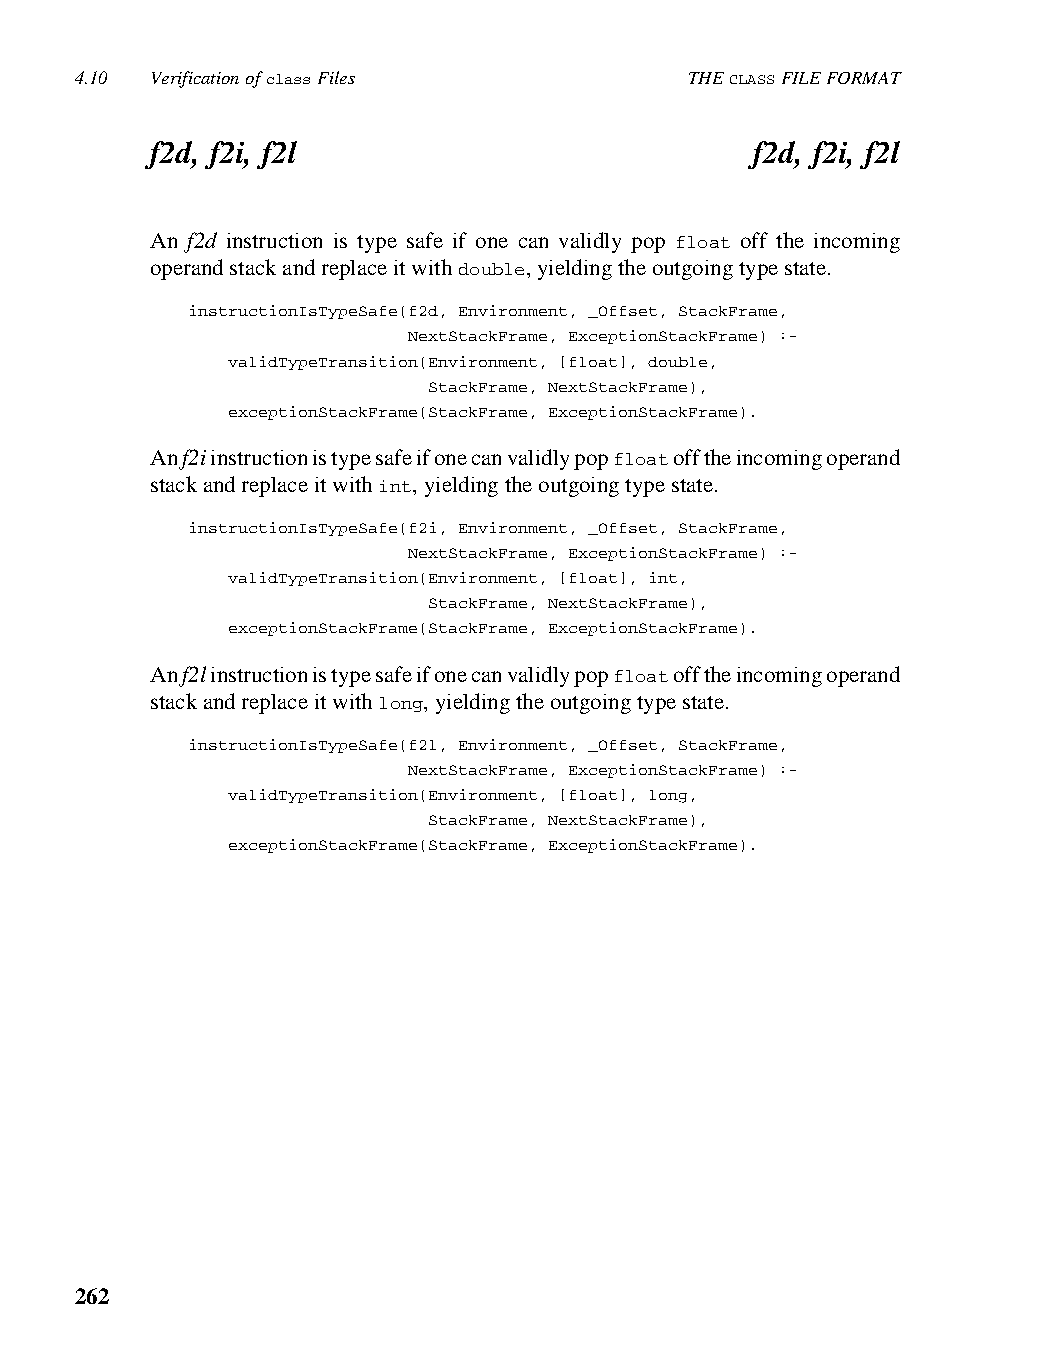
4.10 Verification of class Files         THE CLASS FILE FORMAT
 f2d, f2i, f2l                           f2d, f2i, f2l
 An f2d instruction is type safe if one can validly pop float off the incoming
 operand stack and replace it with double, yielding the outgoing type state.
 instructionIsTypeSafe(f2d, Environment, _Offset, StackFrame,
 NextStackFrame, ExceptionStackFrame) :-
 validTypeTransition(Environment, [float], double,
 StackFrame, NextStackFrame),
 exceptionStackFrame(StackFrame, ExceptionStackFrame).
 An f2i instruction is type safe if one can validly pop float off the incoming operand
 stack and replace it with int, yielding the outgoing type state.
 instructionIsTypeSafe(f2i, Environment, _Offset, StackFrame,
 NextStackFrame, ExceptionStackFrame) :-
 validTypeTransition(Environment, [float], int,
 StackFrame, NextStackFrame),
 exceptionStackFrame(StackFrame, ExceptionStackFrame).
 An f2l instruction is type safe if one can validly pop float off the incoming operand
 stack and replace it with long, yielding the outgoing type state.
 instructionIsTypeSafe(f2l, Environment, _Offset, StackFrame,
 NextStackFrame, ExceptionStackFrame) :-
 validTypeTransition(Environment, [float], long,
 StackFrame, NextStackFrame),
 exceptionStackFrame(StackFrame, ExceptionStackFrame).
 262